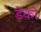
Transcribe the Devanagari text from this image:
ड़ेंको